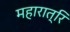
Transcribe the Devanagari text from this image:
महारात्रि